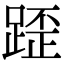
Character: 𨂿